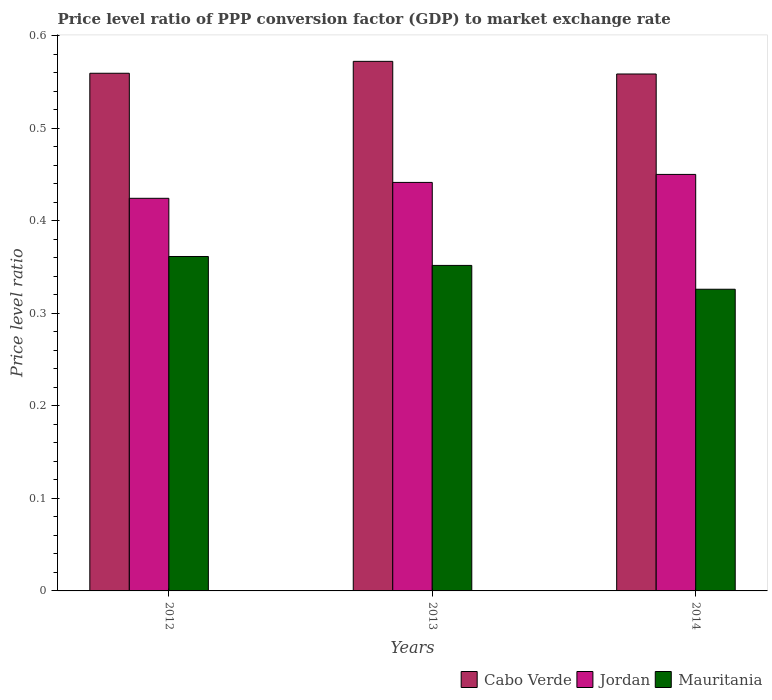
| Years | Cabo Verde | Jordan | Mauritania |
 | --- | --- | --- | --- |
 | 2012 | 0.559 | 0.424 | 0.361 |
 | 2013 | 0.572 | 0.441 | 0.352 |
 | 2014 | 0.558 | 0.45 | 0.326 |